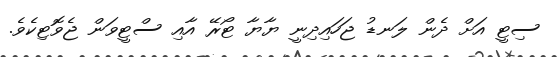
ސިޓީ އަށް ދެން ލަނޑު ޖަހައިދިނީ ޔާޔާ ޓޯރޭ އާއި ސްޓީވަން ޖެވޮޓިކެވެ.